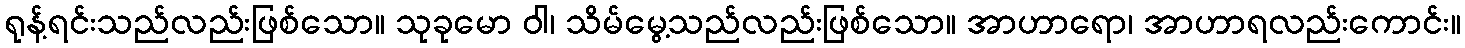
ရုန့်ရင်းသည်လည်းဖြစ်သော။ သုခုမော ဝါ၊ သိမ်မွေ့သည်လည်းဖြစ်သော။ အာဟာရော၊ အာဟာရလည်းကောင်း။